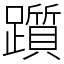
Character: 躓